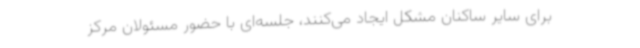
برای سایر ساکنان مشکل ایجاد می‌کنند، جلسه‌ای با حضور مسئولان مرکز